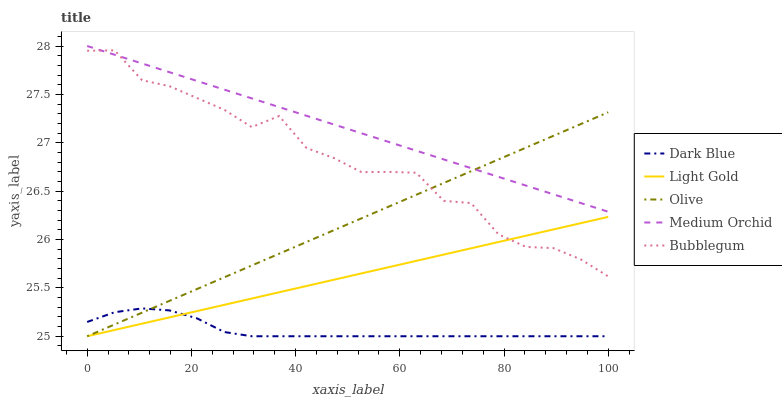
| xaxis_label | Dark Blue | Light Gold | Olive | Medium Orchid | Bubblegum |
 | --- | --- | --- | --- | --- | --- |
 | 0 | 25.1 | 25 | 25 | 28 | 28 |
 | 5.26 | 25.2 | 25.1 | 25.1 | 27.9 | 28 |
 | 10.5 | 25.3 | 25.1 | 25.2 | 27.8 | 27.6 |
 | 15.8 | 25.3 | 25.2 | 25.4 | 27.7 | 27.6 |
 | 21.1 | 25.2 | 25.3 | 25.5 | 27.6 | 27.5 |
 | 26.3 | 25 | 25.3 | 25.6 | 27.5 | 27.3 |
 | 31.6 | 25 | 25.4 | 25.7 | 27.5 | 27.2 |
 | 36.8 | 25 | 25.5 | 25.9 | 27.4 | 27.3 |
 | 42.1 | 25 | 25.5 | 26 | 27.3 | 26.9 |
 | 47.4 | 25 | 25.6 | 26.1 | 27.2 | 26.8 |
 | 52.6 | 25 | 25.6 | 26.2 | 27.1 | 26.7 |
 | 57.9 | 25 | 25.7 | 26.3 | 27 | 26.7 |
 | 63.2 | 25 | 25.8 | 26.5 | 26.9 | 26.7 |
 | 68.4 | 25 | 25.8 | 26.6 | 26.8 | 26.4 |
 | 73.7 | 25 | 25.9 | 26.7 | 26.7 | 26.4 |
 | 78.9 | 25 | 26 | 26.8 | 26.6 | 26.1 |
 | 84.2 | 25 | 26 | 26.9 | 26.6 | 25.9 |
 | 89.5 | 25 | 26.1 | 27.1 | 26.5 | 25.9 |
 | 94.7 | 25 | 26.2 | 27.2 | 26.4 | 25.8 |
 | 100 | 25 | 26.2 | 27.3 | 26.3 | 25.6 |